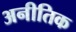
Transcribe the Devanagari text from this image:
अनीतिक